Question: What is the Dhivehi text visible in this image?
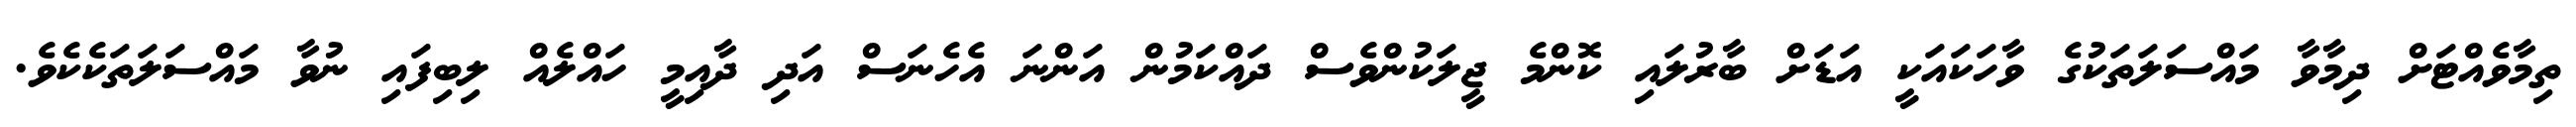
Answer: ތިމާވެއްޓަށް ދިމާވާ މައްސަލަތަކުގެ ވާހަކައަކީ އަޑަށް ބާރުލައި ކޮންމެ ޖީލަކުންވެސް ދައްކަމުން އަންނަ އެހެނަސް އަދި ދާއިމީ ހައްލެއް ލިބިފައި ނުވާ މައްސަލަތަކެކެވެ.